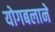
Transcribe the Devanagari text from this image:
योगबलाने